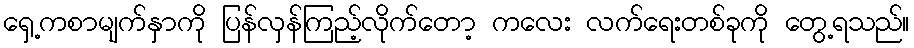
ရှေ့ကစာမျက်နှာကို ပြန်လှန်ကြည့်လိုက်တော့ ကလေး လက်ရေးတစ်ခုကို တွေ့ရသည်။